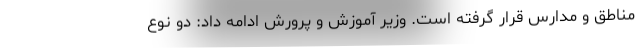
مناطق و مدارس قرار گرفته است. وزیر آموزش و پرورش ادامه داد: دو نوع